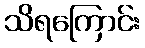
သိရကြောင်း